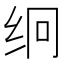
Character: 䌹